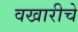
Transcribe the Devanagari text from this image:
वखारीचे